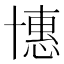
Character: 𠦽